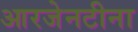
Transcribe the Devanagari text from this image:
आरजेनटीना